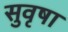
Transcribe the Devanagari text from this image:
सुवृषा